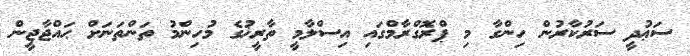
ސަޢުދީ ސަރުކާރުން ހިންގާ މި ޕްރޮގްރާމްގައި އިސްލާމީ ތާރީޚުގެ މުހިންމު ތަންތަނަށް ޙައްޖާޖީން